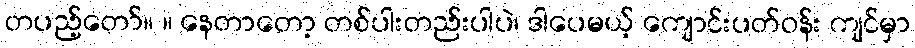
တပည့်တော်။ ။ နေတာတော့ တစ်ပါးတည်းပါပဲ၊ ဒါပေမယ့် ကျောင်းပတ်ဝန်း ကျင်မှာ